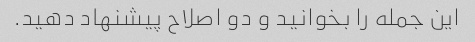
این جمله را بخوانید و دو اصلاح پیشنهاد دهید.